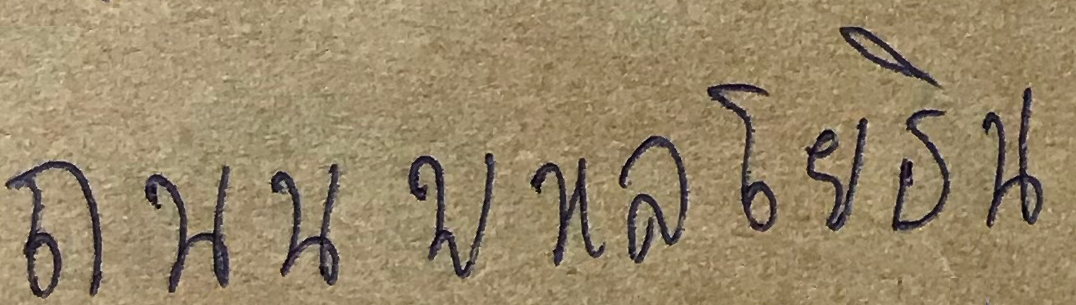
ถนนพหลโยธิน